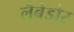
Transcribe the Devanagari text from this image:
लैब्रेडोर